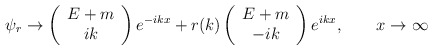
\begin{align*}\psi _{r}\to \left( \begin{array}{c}E+m \\ ik\end{array}\right) e^{-ikx}+r(k)\left( \begin{array}{c}E+m \\ -ik\end{array}\right) e^{ikx},\qquad x\to \infty\end{align*}